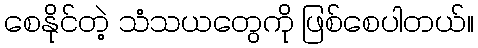
စေနိုင်တဲ့ သံသယတွေကို ဖြစ်စေပါတယ်။